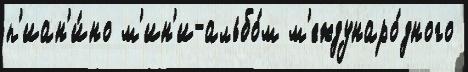
п'иан'и́но м'ин'и-альбо́м м'еждунаро́дного